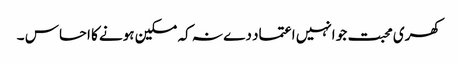
کھری محبت جو انہیں اعتماد دے نہ کہ مسکین ہونے کا احساس ۔